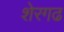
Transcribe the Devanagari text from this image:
शेरगढ